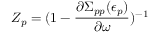
Z _ { p } = ( 1 - \frac { \partial \Sigma _ { p p } ( \epsilon _ { p } ) } { \partial \omega } ) ^ { - 1 }